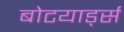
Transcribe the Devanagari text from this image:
बोटयार्ड्स